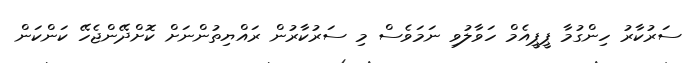
ސަރުކާރު ހިންގުމާ ޕީޕީއެމް ހަވާލުވި ނަމަވެސް މި ސަރުކާރުން ރައްޔިތުންނަށް ކޮށްދޭންޖެހޭ ކަންކަން